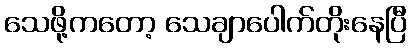
သေဖို့ကတော့ သေချာပေါက်တိုးနေပြီ